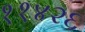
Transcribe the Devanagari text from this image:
११४२६